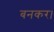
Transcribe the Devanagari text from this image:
बनकर।